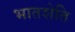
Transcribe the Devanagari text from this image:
भातशेति